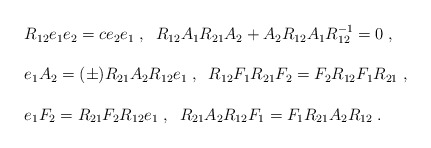
\begin{align*}\begin{array}{l}R_{12}e_{1}e_{2} = c e_{2}e_{1} \; , \;\;R_{12}A_{1}R_{21}A_{2} + A_{2}R_{12}A_{1}R^{-1}_{12} =0 \; , \\ \\e_{1}A_{2} = (\pm) R_{21}A_{2}R_{12}e_{1} \; , \;\;R_{12}F_{1}R_{21}F_{2} = F_{2}R_{12}F_{1}R_{21} \; , \\ \\e_{1}F_{2} = R_{21}F_{2}R_{12}e_{1} \; , \;\;R_{21}A_{2}R_{12}F_{1} = F_{1}R_{21}A_{2}R_{12} \; .\end{array}\end{align*}